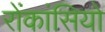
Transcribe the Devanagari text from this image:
रोंकांसियो